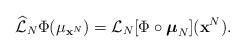
LaTeX: \begin{align*}\label[Ieq]{eq:LNhat}\widehat{\mathcal{L}}_N\Phi(\mu_{\mathbf{x}^N}) = \mathcal{L}_N[\Phi\circ\boldsymbol{\mu}_N](\mathbf{x}^N).\end{align*}